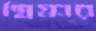
স্নিগ্ধার